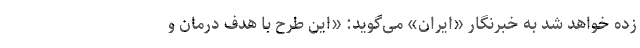
زده خواهد شد به خبرنگار «ایران» می‌گوید: «این طرح با هدف درمان و